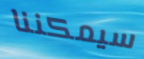
سيمكننا